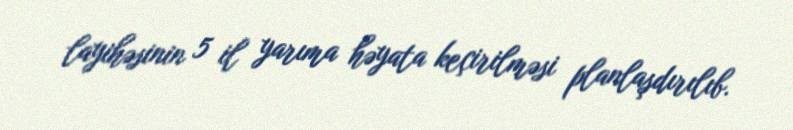
layihəsinin 5 il yarıma həyata keçirilməsi planlaşdırılıb.